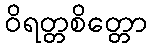
ဝိရတ္တစိတ္တော